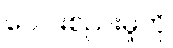
ပေါင်းစည်းမှုကို